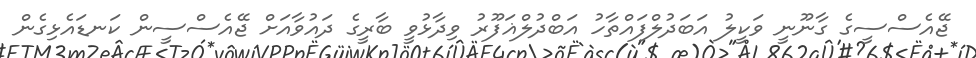
ޖޭއެސްސީގެ ގާނޫނީ ވަކީލު އަބަދުލްފައްތާހު އަބްދުލްޣަފޫރު ވިދާޅުވީ ބާރީގެ ދައުވާއަށް ޖޭއެސްސީން ކަނޑައެޅިގެން